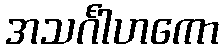
အသင်္ဂါဟကော